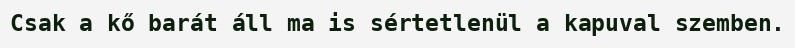
Csak a kő barát áll ma is sértetlenül a kapuval szemben.